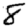
Digit: 8